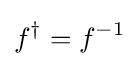
f^{\dagger }=f^{-1}